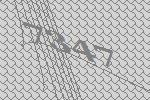
7347